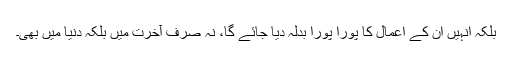
بلکہ انہیں ان کے اعمال کا پورا پورا بدلہ دیا جائے گا، نہ صرف آخرت میں بلکہ دنیا میں بھی۔